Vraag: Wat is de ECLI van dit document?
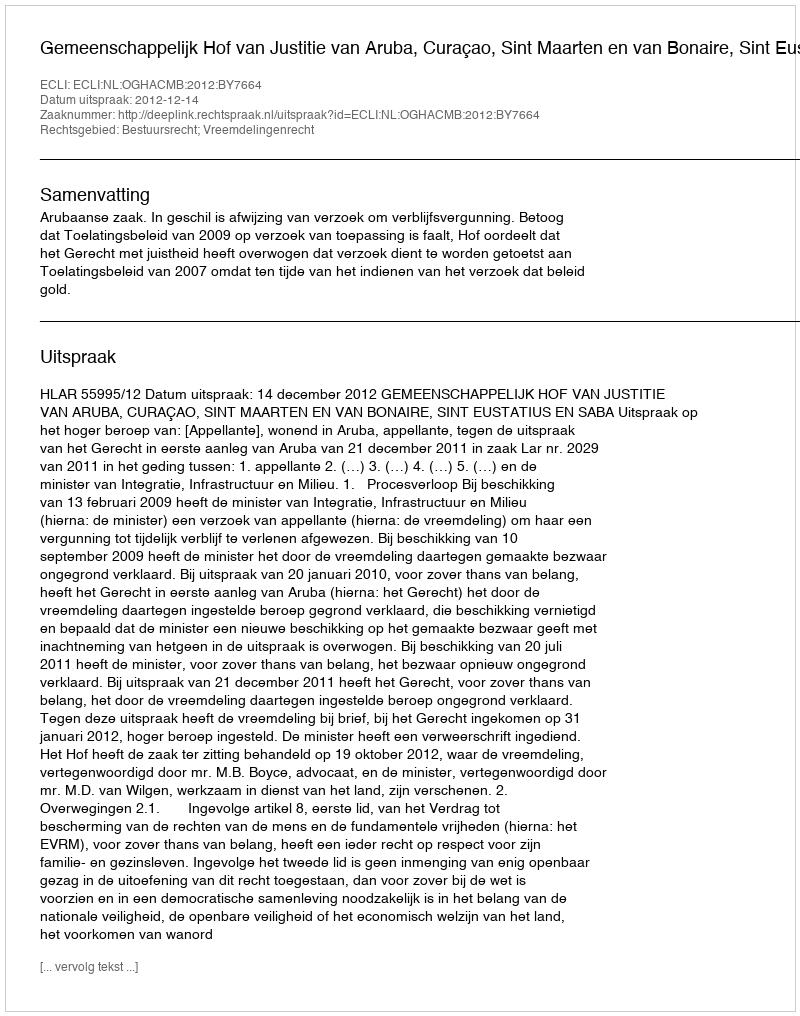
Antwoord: ECLI:NL:OGHACMB:2012:BY7664